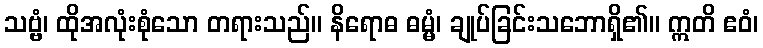
သဗ္ဗံ၊ ထိုအလုံးစုံသော တရားသည်။ နိရောဓ ဓမ္မံ၊ ချုပ်ခြင်းသဘောရှိ၏။ ဣတိ ဧဝံ၊